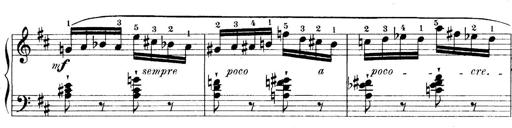
Title: 4 Sonatines
Composer: Max Reger